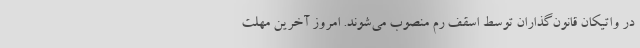
در واتیکان قانون‌گذاران توسط اسقف رم منصوب می‌شوند. امروز آخرین مهلت